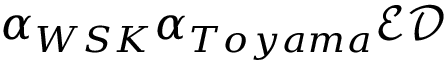
\alpha _ { { W S K } } \alpha _ { T o y a m a } \mathcal { E } \mathcal { D }